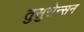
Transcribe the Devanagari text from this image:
तुसुसेन्सन